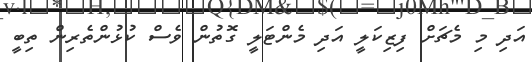
އަދި މި މެޗަށް ފިޒިކަލީ އަދި މެންޓަލީ ގޮތުން ވެސް ކުޅުންތެރިން ތިބީ